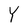
Character: Y